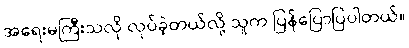
အရေးမကြီးသလို လုပ်ခဲ့တယ်လို့ သူက ပြန်ပြောပြပါတယ်။